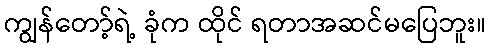
ကျွန်တော့်ရဲ့ ခုံက ထိုင် ရတာအဆင်မပြေဘူး။